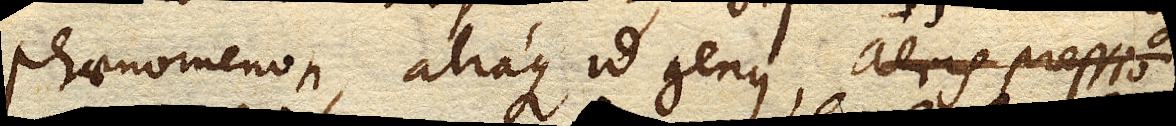
phaenomenon, aliaque id genus,